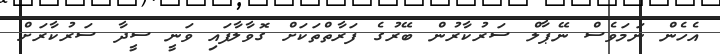
އެހެން ނަމަވެސް ނޭޕާލް ސަރުކާރުން ބޭރުގެ ފަރާތްތަކަށް ގޮވާލާފައި ވަނީ ސީދާ ސަރުކާރަށް